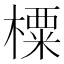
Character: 㯨